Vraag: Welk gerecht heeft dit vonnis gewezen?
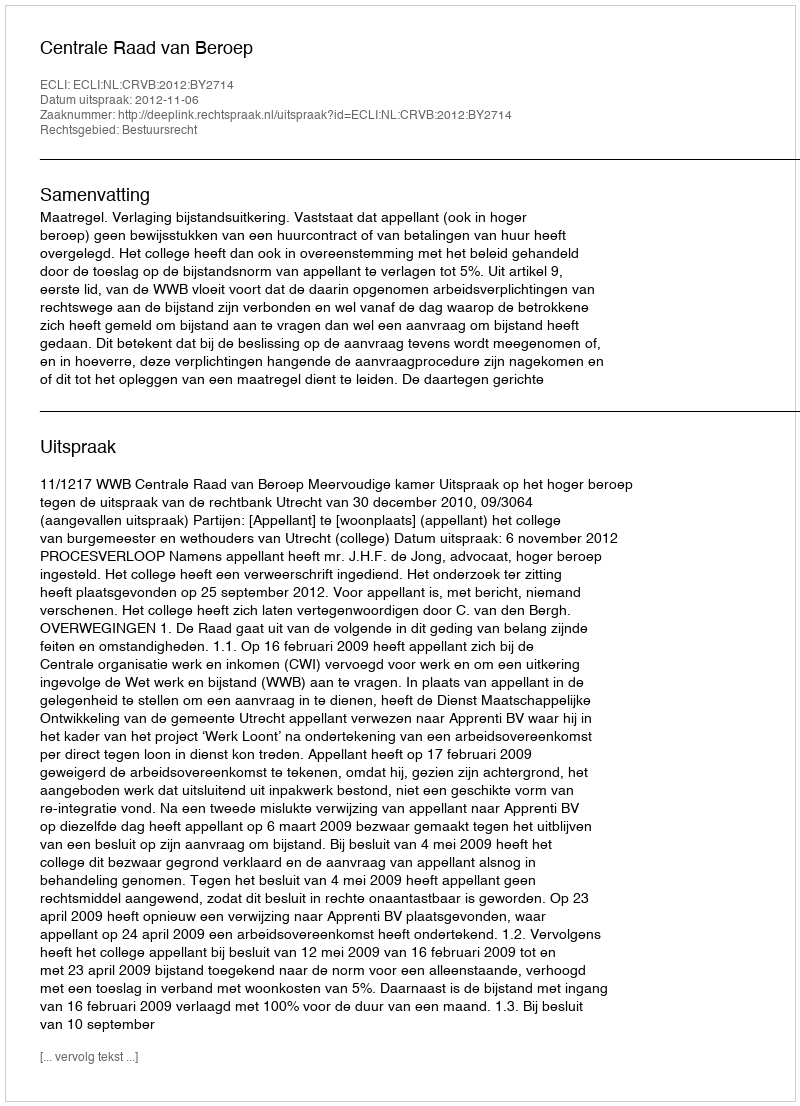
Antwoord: Centrale Raad van Beroep